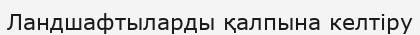
Ландшафтыларды қалпына келтіру